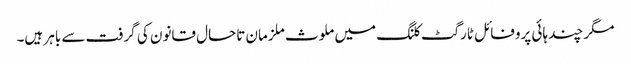
مگر چند ہائی پروفائل ٹارگٹ کلنگ میں ملوث ملزمان تاحال قانون کی گرفت سے باہر ہیں۔